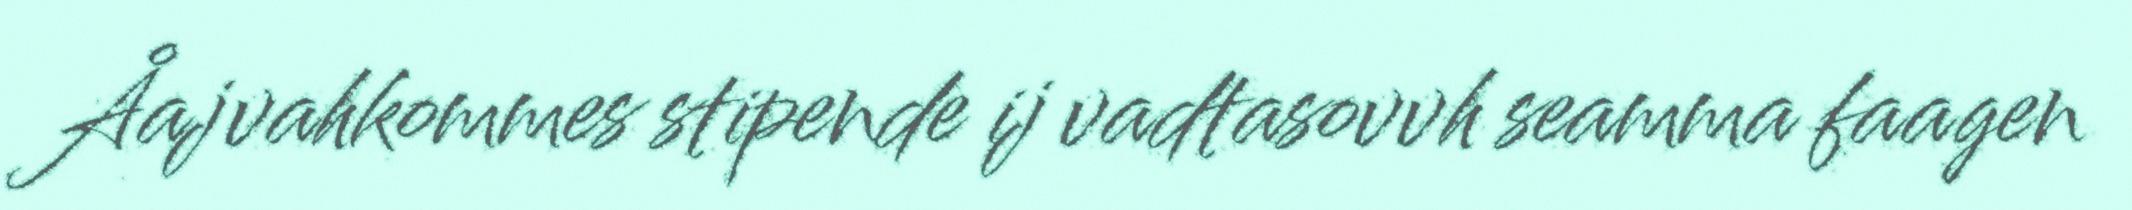
Åajvahkommes stipende ij vadtasovvh seamma faagen